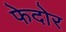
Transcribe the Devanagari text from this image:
फेदोर